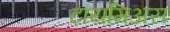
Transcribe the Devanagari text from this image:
टायमिअस